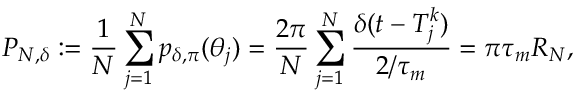
P _ { N , \delta } : = \frac 1 N \sum _ { j = 1 } ^ { N } p _ { \delta , \pi } ( \theta _ { j } ) = \frac { 2 \pi } N \sum _ { j = 1 } ^ { N } \frac { \delta ( t - T _ { j } ^ { k } ) } { 2 / \tau _ { m } } = \pi \tau _ { m } R _ { N } ,